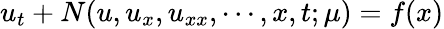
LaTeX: u_{t}+N(u,u_{x},u_{xx},\cdots,x,t;\mu)=f(x)